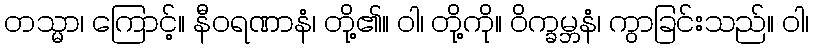
တသ္မာ၊ ကြောင့်။ နီဝရဏာနံ၊ တို့၏။ ဝါ၊ တို့ကို။ ဝိက္ခမ္ဘနံ၊ ကွာခြင်းသည်။ ဝါ၊